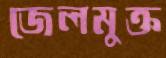
জেলমুক্ত